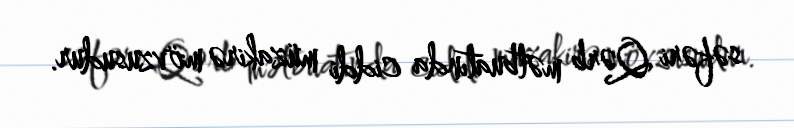
səfəri Qərb mətbuatında ciddi müzakirə mövzusudur.